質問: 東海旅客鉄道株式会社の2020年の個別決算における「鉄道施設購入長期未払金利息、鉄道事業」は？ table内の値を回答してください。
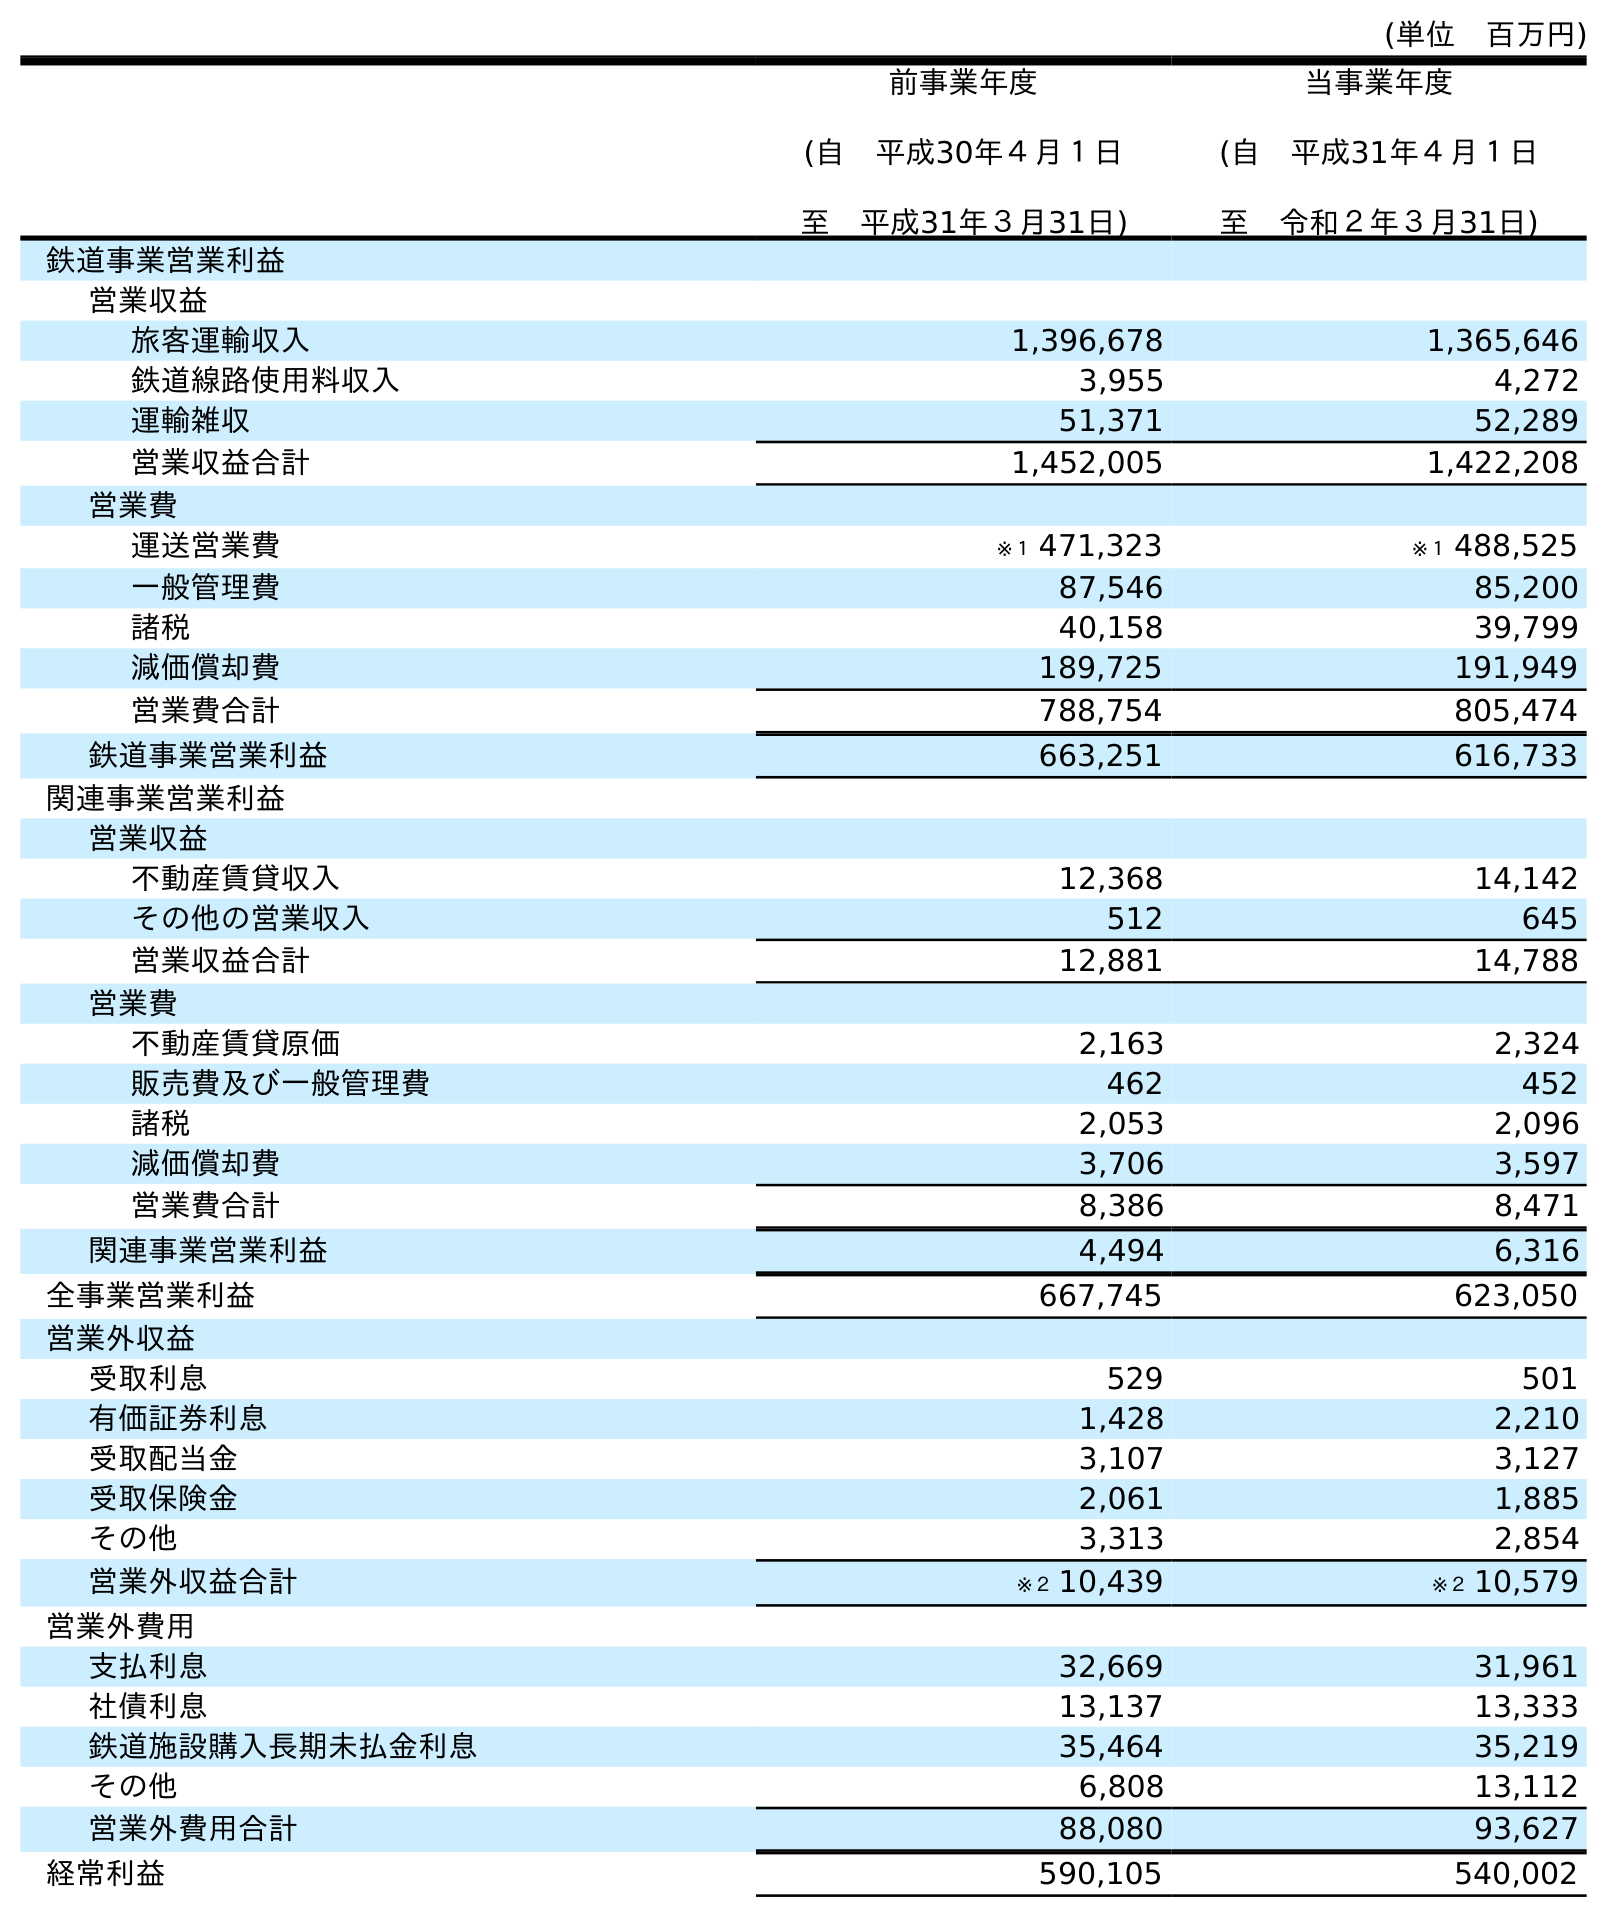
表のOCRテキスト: (単位 百万円) 前事業年度 (自 平成30年４月１日 至 平成31年３月31日) 当事業年度 (自 平成31年４月１日 至 令和２年３月31日) 鉄道事業営業利益 営業収益 旅客運輸収入 1,396,678 1,365,646 鉄道線路使用料収入 3,955 4,272 運輸雑収 51,371 52,289 営業収益合計 1,452,005 1,422,208 営業費 運送営業費 ※１ 471,323 ※１ 488,525 一般管理費 87,546 85,200 諸税 40,158 39,799 減価償却費 189,725 191,949 営業費合計 788,754 805,474 鉄道事業営業利益 663,251 616,733 関連事業営業利益 営業収益 不動産賃貸収入 12,368 14,142 その他の営業収入 512 645 営業収益合計 12,881 14,788 営業費 不動産賃貸原価 2,163 2,324 販売費及び一般管理費 462 452 諸税 2,053 2,096 減価償却費 3,706 3,597 営業費合計 8,386 8,471 関連事業営業利益 4,494 6,316 全事業営業利益 667,745 623,050 営業外収益 受取利息 529 501 有価証券利息 1,428 2,210 受取配当金 3,107 3,127 受取保険金 2,061 1,885 その他 3,313 2,854 営業外収益合計 ※２ 10,439 ※２ 10,579 営業外費用 支払利息 32,669 31,961 社債利息 13,137 13,333 鉄道施設購入長期未払金利息 35,464 35,219 その他 6,808 13,112 営業外費用合計 88,080 93,627 経常利益 590,105 540,002
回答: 35,219